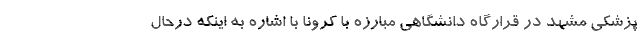
پزشکی مشهد در قرارگاه دانشگاهی مبارزه با کرونا با اشاره به اینکه درحال